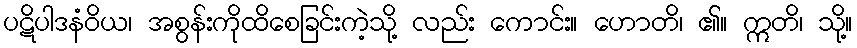
ပဋိပါဒနံဝိယ၊ အစွန်းကိုထိစေခြင်းကဲ့သို့ လည်း ကောင်း။ ဟောတိ၊ ၏။ ဣတိ၊ သို့။